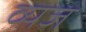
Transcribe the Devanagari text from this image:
व्यज